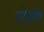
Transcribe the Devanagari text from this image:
म्रोहाँग